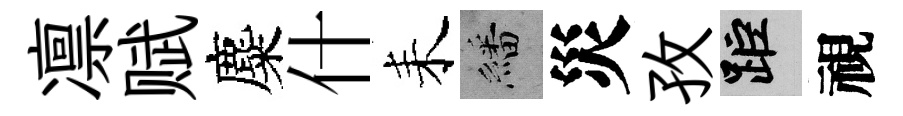
凛赋麋什耒繙災孜距視